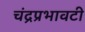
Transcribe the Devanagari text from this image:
चंद्रप्रभावटी